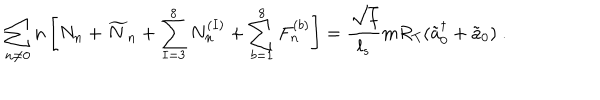
LaTeX: \sum _ { n \neq 0 } n \left[ N _ { n } + \widetilde { N } _ { n } + \sum _ { I = 3 } ^ { 8 } N _ { n } ^ { ( I ) } + \sum _ { b = 1 } ^ { 8 } F _ { n } ^ { ( b ) } \right] = \frac { \sqrt { f } } { l _ { s } } m R _ { T } ( \tilde { a } _ { 0 } ^ { \dagger } + \tilde { a } _ { 0 } ) ~ .